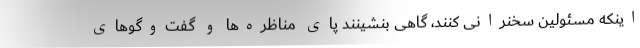
اینکه مسئولین سخنرانی ‌کنند، گاهی بنشینند پای مناظره‌ها و گفت‌وگوهای